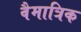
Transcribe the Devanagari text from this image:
वैमात्रिक